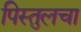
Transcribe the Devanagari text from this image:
पिस्तुलचा